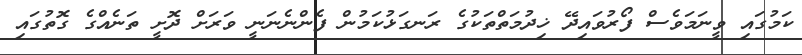
ކަމުގައި ވީނަމަވެސް ފޯރުވައިދޭ ޚިދުމަތްތަކުގެ ރަނގަޅުކަމުން ފެންނެނަނީ ވަރަށް ދޮށީ ތަނެއްގެ ގޮތުގައި